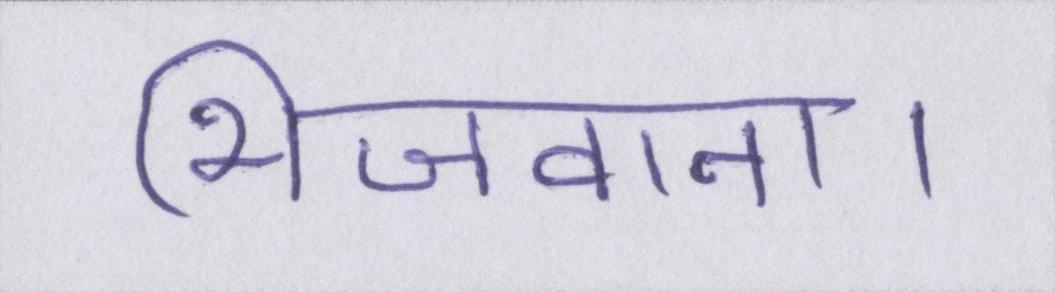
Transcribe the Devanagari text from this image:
भिजवाना।